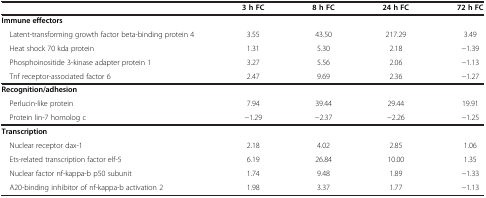
<table><thead><tr><td><b> </b></td><td><b>3 h FC</b></td><td><b>8 h FC</b></td><td><b>24 h FC</b></td><td><b>72 h FC</b></td></tr></thead><tbody><tr><td><b>Immune effectors</b></td><td> </td><td> </td><td> </td><td> </td></tr><tr><td> Latent-transforming growth factor beta-binding protein 4</td><td>3.55</td><td>43.50</td><td>217.29</td><td>3.49</td></tr><tr><td> Heat shock 70 kda protein</td><td>1.31</td><td>5.30</td><td>2.18</td><td>−1.39</td></tr><tr><td> Phosphoinositide 3-kinase adapter protein 1</td><td>3.27</td><td>5.56</td><td>2.06</td><td>−1.13</td></tr><tr><td> Tnf receptor-associated factor 6</td><td>2.47</td><td>9.69</td><td>2.36</td><td>−1.27</td></tr><tr><td><b>Recognition/adhesion</b></td><td> </td><td> </td><td> </td><td> </td></tr><tr><td> Perlucin-like protein</td><td>7.94</td><td>39.44</td><td>29.44</td><td>19.91</td></tr><tr><td> Protein lin-7 homolog c</td><td>−1.29</td><td>−2.37</td><td>−2.26</td><td>−1.25</td></tr><tr><td><b>Transcription</b></td><td> </td><td> </td><td> </td><td> </td></tr><tr><td> Nuclear receptor dax-1</td><td>2.18</td><td>4.02</td><td>2.85</td><td>1.06</td></tr><tr><td> Ets-related transcription factor elf-5</td><td>6.19</td><td>26.84</td><td>10.00</td><td>1.35</td></tr><tr><td> Nuclear factor nf-kappa-b p50 subunit</td><td>1.74</td><td>9.48</td><td>1.89</td><td>−1.33</td></tr><tr><td> A20-binding inhibitor of nf-kappa-b activation 2</td><td>1.98</td><td>3.37</td><td>1.77</td><td>−1.13</td></tr></tbody></table>